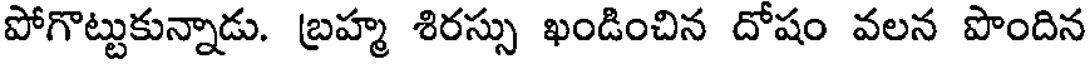
పోగొట్టుకున్నాడు. బ్రహ్మ శిరస్సు ఖండించిన దోషం వలన పొందిన